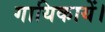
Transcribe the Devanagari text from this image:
गायिकायें।